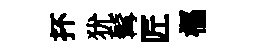
抔犹髯匠樞